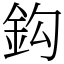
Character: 鈎